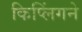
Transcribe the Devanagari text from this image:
किप्लिंगने